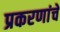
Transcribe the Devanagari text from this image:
प्रकरणांचे